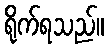
ရိုက်ရသည်။